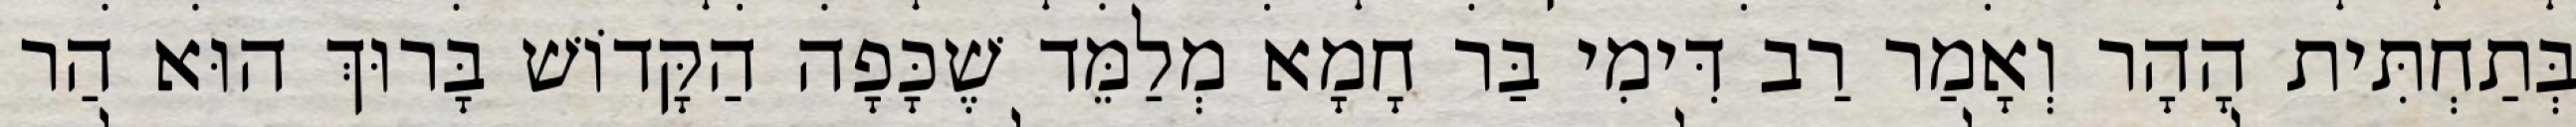
בְּתַחְתִּית הָהָר וְאָמַר רַב דִּימִי בַּר חָמָא מְלַמֵּד שֶׁכָּפָה הַקָּדוֹשׁ בָּרוּךְ הוּא הַר